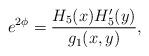
LaTeX: \begin{align*}e^{2\phi} = {H_5(x)H'_5(y)\over g_1(x,y)}, \end{align*}